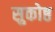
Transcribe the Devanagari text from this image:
सुकोष्ठ